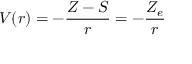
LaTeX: V ( r ) = - { \frac { Z - S } { r } } = - { \frac { Z _ { e } } { r } }